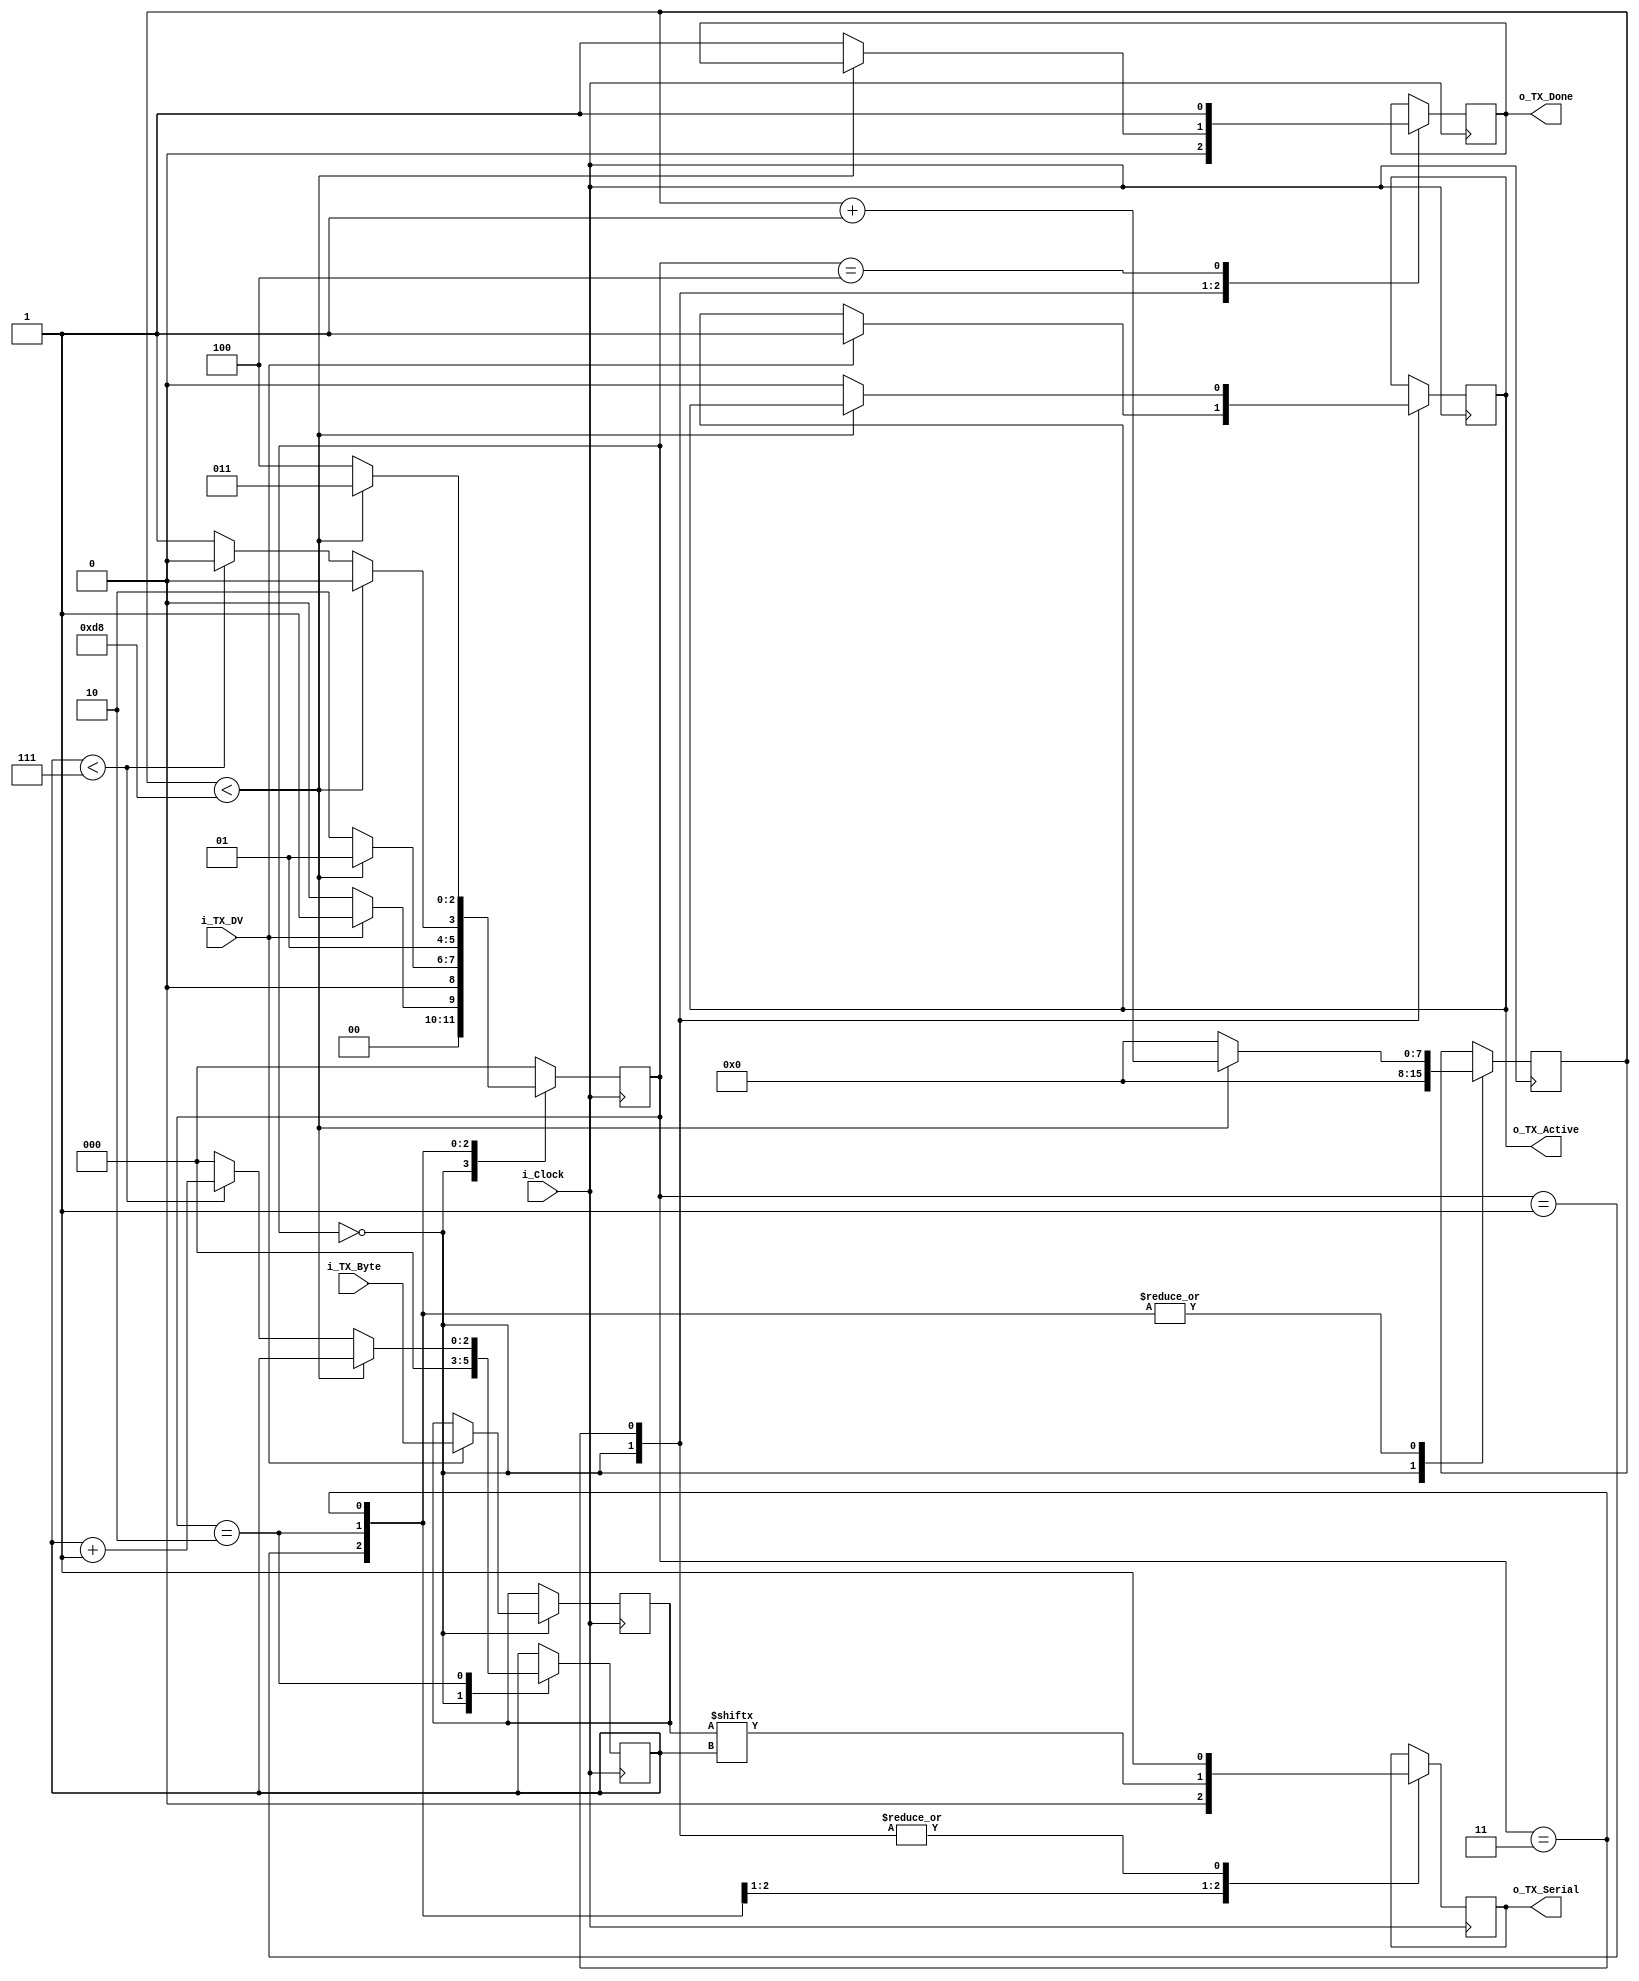
//////////////////////////////////////////////////////////////////////
// File Downloaded from http://www.nandland.com
//////////////////////////////////////////////////////////////////////
// This file contains the UART Transmitter.  This transmitter is able
// to transmit 8 bits of serial data, one start bit, one stop bit,
// and no parity bit.  When transmit is complete o_Tx_done will be
// driven high for one clock cycle.
//
// Set Parameter CLKS_PER_BIT as follows:
// CLKS_PER_BIT = (Frequency of i_Clock)/(Frequency of UART)
// Example: 25 MHz Clock, 115200 baud UART
// (25000000)/(115200) = 217
 
module UART_TX 
  #(parameter CLKS_PER_BIT = 217)
  (
   input       i_Clock,
   input       i_TX_DV,
   input [7:0] i_TX_Byte, 
   output      o_TX_Active,
   output reg  o_TX_Serial,
   output      o_TX_Done
   );
 
  parameter IDLE         = 3'b000;
  parameter TX_START_BIT = 3'b001;
  parameter TX_DATA_BITS = 3'b010;
  parameter TX_STOP_BIT  = 3'b011;
  parameter CLEANUP      = 3'b100;
  
  reg [2:0] r_SM_Main     = 0;
  reg [7:0] r_Clock_Count = 0;
  reg [2:0] r_Bit_Index   = 0;
  reg [7:0] r_TX_Data     = 0;
  reg       r_TX_Done     = 0;
  reg       r_TX_Active   = 0;
    
  always @(posedge i_Clock)
  begin
      
    case (r_SM_Main)
      IDLE :
        begin
          o_TX_Serial   <= 1'b1;         // Drive Line High for Idle
          r_TX_Done     <= 1'b0;
          r_Clock_Count <= 0;
          r_Bit_Index   <= 0;
          
          if (i_TX_DV == 1'b1)
          begin
            r_TX_Active <= 1'b1;
            r_TX_Data   <= i_TX_Byte;
            r_SM_Main   <= TX_START_BIT;
          end
          else
            r_SM_Main <= IDLE;
        end // case: IDLE
      
      
      // Send out Start Bit. Start bit = 0
      TX_START_BIT :
        begin
          o_TX_Serial <= 1'b0;
          
          // Wait CLKS_PER_BIT-1 clock cycles for start bit to finish
          if (r_Clock_Count < CLKS_PER_BIT-1)
          begin
            r_Clock_Count <= r_Clock_Count + 1;
            r_SM_Main     <= TX_START_BIT;
          end
          else
          begin
            r_Clock_Count <= 0;
            r_SM_Main     <= TX_DATA_BITS;
          end
        end // case: TX_START_BIT
      
      
      // Wait CLKS_PER_BIT-1 clock cycles for data bits to finish         
      TX_DATA_BITS :
        begin
          o_TX_Serial <= r_TX_Data[r_Bit_Index];
          
          if (r_Clock_Count < CLKS_PER_BIT-1)
          begin
            r_Clock_Count <= r_Clock_Count + 1;
            r_SM_Main     <= TX_DATA_BITS;
          end
          else
          begin
            r_Clock_Count <= 0;
            
            // Check if we have sent out all bits
            if (r_Bit_Index < 7)
            begin
              r_Bit_Index <= r_Bit_Index + 1;
              r_SM_Main   <= TX_DATA_BITS;
            end
            else
            begin
              r_Bit_Index <= 0;
              r_SM_Main   <= TX_STOP_BIT;
            end
          end 
        end // case: TX_DATA_BITS
      
      
      // Send out Stop bit.  Stop bit = 1
      TX_STOP_BIT :
        begin
          o_TX_Serial <= 1'b1;
          
          // Wait CLKS_PER_BIT-1 clock cycles for Stop bit to finish
          if (r_Clock_Count < CLKS_PER_BIT-1)
          begin
            r_Clock_Count <= r_Clock_Count + 1;
            r_SM_Main     <= TX_STOP_BIT;
          end
          else
          begin
            r_TX_Done     <= 1'b1;
            r_Clock_Count <= 0;
            r_SM_Main     <= CLEANUP;
            r_TX_Active   <= 1'b0;
          end 
        end // case: TX_STOP_BIT
      
      
      // Stay here 1 clock
      CLEANUP :
        begin
          r_TX_Done <= 1'b1;
          r_SM_Main <= IDLE;
        end
      
      
      default :
        r_SM_Main <= IDLE;
      
    endcase
  end
  
  assign o_TX_Active = r_TX_Active;
  assign o_TX_Done   = r_TX_Done;
  
endmodule